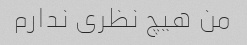
من هیچ نظری ندارم